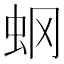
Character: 𧈿